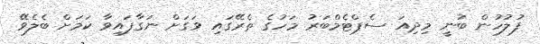
ފުލުހުން ބުނީ މިދިއަ ސެޕްޓެމްބަރު މަހުގެ ތެރޭގައި ވަގަށް ނަގާފައިވާ ކަމަށް ބެލެވޭ